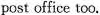
post office too.